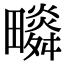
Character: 𤳩